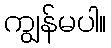
ကျွန်မပါ။